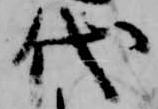
代